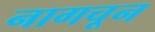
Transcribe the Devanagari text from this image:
नागचून